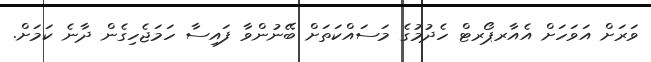
ވަރަށް އަވަހަށް އެއާރޕޯރޓް ހެދުމުގެ މަސައްކަތަށް ބޭނުންވާ ފައިސާ ހަމަޖެހިގެން ދާނެ ކަމަށް.